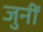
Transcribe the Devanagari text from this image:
जुनीं